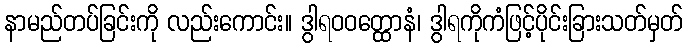
နာမည်တပ်ခြင်းကို လည်းကောင်း။ ဒွါရဝဝတ္ထောနံ၊ ဒွါရကိုကံဖြင့်ပိုင်းခြားသတ်မှတ်